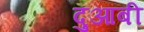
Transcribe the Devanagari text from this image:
दुआबी